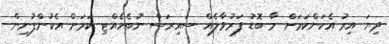
ދިޔަ އިރު އެކަންކަމަށް މާ ބޮޑު ފަރުވާލެއް ސައިރަސް ނުބެހެއްޓި ކަމަށް އެކުންފުނިން